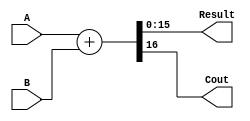
//-----------------------------------------------------------------------------
// UEFS TEC 499
// Lab 0, 2016.1
// Module: BehavioralAdder.v
// Desc: Parametrized behavioral adder
//-----------------------------------------------------------------------------
module BehavioralAdder #(
  parameter Width = 16
)
(
  input   [Width-1:0] A,
  input   [Width-1:0] B,
  output  [Width-1:0] Result,
  output              Cout
);
  
  assign {Cout, Result} = A + B;

endmodule